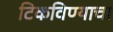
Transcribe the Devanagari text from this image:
टिकविण्याचा